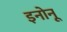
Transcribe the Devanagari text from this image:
इनोनू